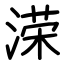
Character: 溁